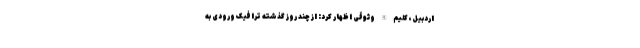
اردبیل، کلیم الله وثوقی اظهار کرد: از چند روز گذشته ترافیک ورودی به